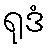
ရုဒံ